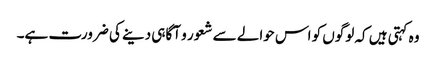
وہ کہتی ہیں کہ لوگوں کو اس حوالے سے شعور و آگاہی دینے کی ضرورت ہے۔